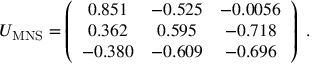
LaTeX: U _ { \mathrm { M N S } } = \left( \begin{array} { c c c } { { 0 . 8 5 1 } } & { { - 0 . 5 2 5 } } & { { - 0 . 0 0 5 6 } } \\ { { 0 . 3 6 2 } } & { { 0 . 5 9 5 } } & { { - 0 . 7 1 8 } } \\ { { - 0 . 3 8 0 } } & { { - 0 . 6 0 9 } } & { { - 0 . 6 9 6 } } \end{array} \right) \ .